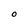
Character: O